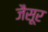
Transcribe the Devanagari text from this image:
जैसूर